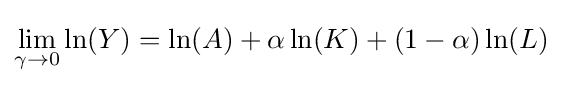
\lim _{\gamma \to 0}\ln(Y)=\ln(A)+\alpha \ln(K)+(1-\alpha )\ln(L)